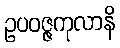
ဥပဝဇ္ဇကုလာနိ